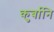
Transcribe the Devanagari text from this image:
कुर्बानि